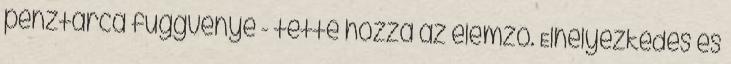
pénztárca függvénye - tette hozzá az elemző. Elhelyezkedés és